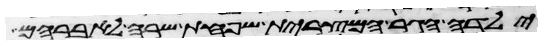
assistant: ילדה הגר המצרית שפחת שרה לאברהם